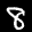
Label: 8